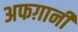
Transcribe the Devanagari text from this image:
अफग़ानी